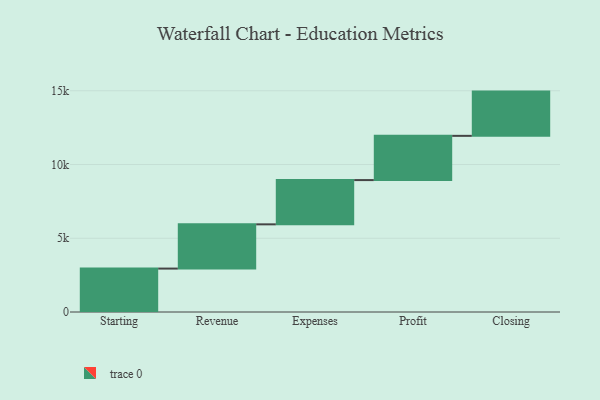
{"axis": {"x": "Step", "y": "Value"}, "legend": [""], "data": [{"x": "Starting", "y": 2944.0, "type": ""}, {"x": "Revenue", "y": 3000, "type": ""}, {"x": "Expenses", "y": 3000, "type": ""}, {"x": "Profit", "y": 3000, "type": ""}, {"x": "Closing", "y": 3000, "type": ""}]}